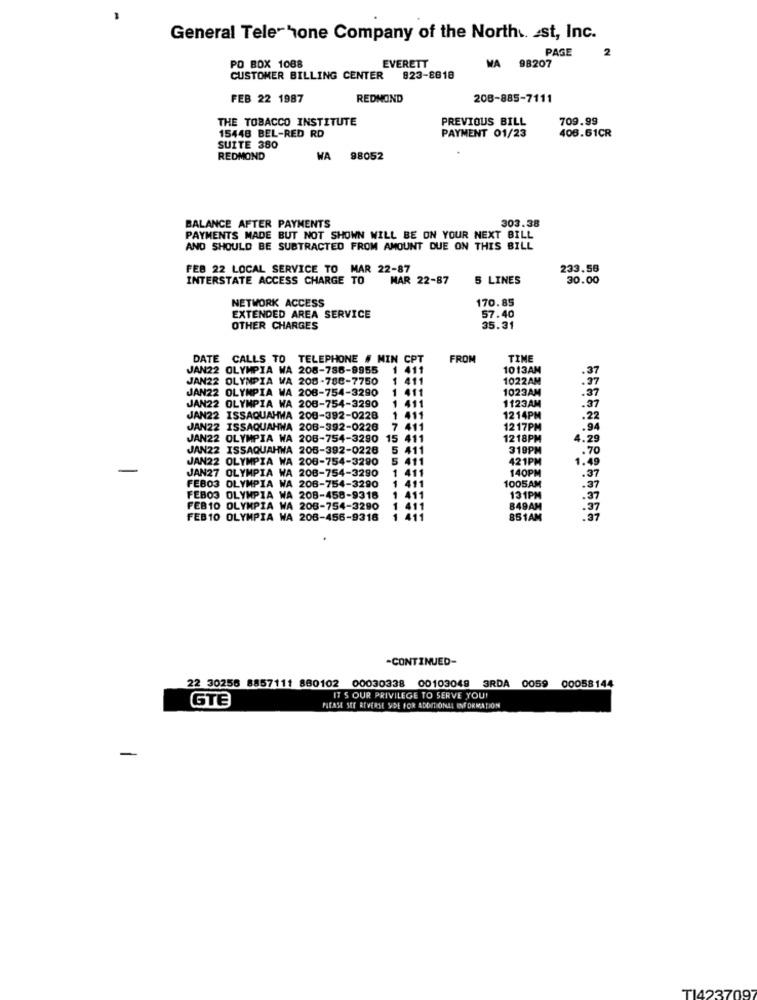
General Tele-hone Company of the North .. est, Inc.
PAGE
2
EVERETT
PO BOX 1088
WA 98207
CUSTOMER BILLING CENTER
823-8818
FEB 22 1987
REDMOND
208-885-7111
THE TOBACCO INSTITUTE
PREVIOUS BILL
709.99
406.61CR
15448 BEL-RED RD
PAYMENT 01/23
SUITE 380
REDMOND
A 98052
303.38
BALANCE AFTER PAYMENTS
PAYMENTS MADE BUT NOT SHOWN WILL BE ON YOUR NEXT BILL
AND SHOULD BE SUBTRACTED FROM AMOUNT DUE ON THIS BILL
FEB 22 LOCAL SERVICE TO MAR 22-87
233.58
INTERSTATE ACCESS CHARGE TO MAR 22-87
5 LINES
30.00
NETWORK ACCESS
170.85
EXTENDED AREA SERVICE
57.40
OTHER CHARGES
35.31
DATE CALLS TO TELEPHONE # MIN CPT
FROM
TIME
JAN22 OLYMPIA WA 208-786-9955
1 411
1013AM
JAN22 OLYMPIA WA 208-788-7750
1 411
1022AM
JAN22 OLYMPIA WA 208-754-3290
411
1023AM
.37
411
1123AM
JAN22 OLYMPIA WA 206-754-3290
.37
JAN22 ISSAQUAHWA 200-392-0228
411
1214PM
.22
JAN22 ISSAQUAHWA 208-392-0226
7 411
1217PM
JAN22 OLYMPIA WA 208-754-3290
15
411
1218PM
.29
JAN22 ISSAQUAHWA 205-392-0226
5 411
319PM
. 70
JAN22 OLYMPIA WA 206-754-3290
5 411
421PM
1.4
JAN27 OLYMPIA WA 208-754-3290
411
140PM
FEBO3 OLYMPIA WA 208-754-3290
411
.37
1005AM
FEBOS OLYMPIA WA 208-458-9318
411
131PM
.37
FEB10 OLYMPIA WA 208-754-3290
849AM
FEB10 OLYMPIA WA 208-456-9316
851AM
-CONTINUED-
22 30256 8857111 880102
00030338 00103049 3RDA 0059 00058144
GTE
IT S OUR PRIVILEGE TO SERVE YOU!
PLEASE SEE REVERSE YDE FOR ADDITIONAL INFORMATION
TI4237097